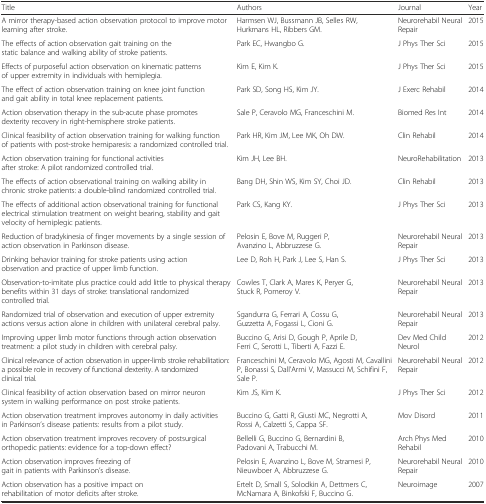
<table><thead><tr><td><b>Title</b></td><td><b>Authors</b></td><td><b>Journal</b></td><td><b>Year</b></td></tr></thead><tbody><tr><td>A mirror therapy-based action observation protocol to improve motor learning after stroke.</td><td>Harmsen WJ, Bussmann JB, Selles RW, Hurkmans HL, Ribbers GM.</td><td>Neurorehabil Neural Repair</td><td>2015</td></tr><tr><td>The effects of action observation gait training on the static balance and walking ability of stroke patients.</td><td>Park EC, Hwangbo G.</td><td>J Phys Ther Sci</td><td>2015</td></tr><tr><td>Effects of purposeful action observation on kinematic patterns of upper extremity in individuals with hemiplegia.</td><td>Kim E, Kim K.</td><td>J Phys Ther Sci</td><td>2015</td></tr><tr><td>The effect of action observation training on knee joint function and gait ability in total knee replacement patients.</td><td>Park SD, Song HS, Kim JY.</td><td>J Exerc Rehabil</td><td>2014</td></tr><tr><td>Action observation therapy in the sub-acute phase promotes dexterity recovery in right-hemisphere stroke patients.</td><td>Sale P, Ceravolo MG, Franceschini M.</td><td>Biomed Res Int</td><td>2014</td></tr><tr><td>Clinical feasibility of action observation training for walking function of patients with post-stroke hemiparesis: a randomized controlled trial.</td><td>Park HR, Kim JM, Lee MK, Oh DW.</td><td>Clin Rehabil</td><td>2014</td></tr><tr><td>Action observation training for functional activities after stroke: A pilot randomized controlled trial.</td><td>Kim JH, Lee BH.</td><td>NeuroRehabilitation</td><td>2013</td></tr><tr><td>The effects of action observational training on walking ability in chronic stroke patients: a double-blind randomized controlled trial.</td><td>Bang DH, Shin WS, Kim SY, Choi JD.</td><td>Clin Rehabil</td><td>2013</td></tr><tr><td>The effects of additional action observational training for functional electrical stimulation treatment on weight bearing, stability and gait velocity of hemiplegic patients.</td><td>Park CS, Kang KY.</td><td>J Phys Ther Sci</td><td>2013</td></tr><tr><td>Reduction of bradykinesia of finger movements by a single session of action observation in Parkinson disease.</td><td>Pelosin E, Bove M, Ruggeri P, Avanzino L, Abbruzzese G.</td><td>Neurorehabil Neural Repair</td><td>2013</td></tr><tr><td>Drinking behavior training for stroke patients using action observation and practice of upper limb function.</td><td>Lee D, Roh H, Park J, Lee S, Han S.</td><td>J Phys Ther Sci</td><td>2013</td></tr><tr><td>Observation-to-imitate plus practice could add little to physical therapy benefits within 31 days of stroke: translational randomized controlled trial.</td><td>Cowles T, Clark A, Mares K, Peryer G, Stuck R, Pomeroy V.</td><td>Neurorehabil Neural Repair</td><td>2013</td></tr><tr><td>Randomized trial of observation and execution of upper extremity actions versus action alone in children with unilateral cerebral palsy.</td><td>Sgandurra G, Ferrari A, Cossu G, Guzzetta A, Fogassi L, Cioni G.</td><td>Neurorehabil Neural Repair</td><td>2013</td></tr><tr><td>Improving upper limb motor functions through action observation treatment: a pilot study in children with cerebral palsy.</td><td>Buccino G, Arisi D, Gough P, Aprile D, Ferri C, Serotti L, Tiberti A, Fazzi E.</td><td>Dev Med Child Neurol</td><td>2012</td></tr><tr><td>Clinical relevance of action observation in upper-limb stroke rehabilitation: a possible role in recovery of functional dexterity. A randomized clinical trial.</td><td>Franceschini M, Ceravolo MG, Agosti M, Cavallini P, Bonassi S, Dall’Armi V, Massucci M, Schifini F, Sale P.</td><td>Neurorehabil Neural Repair</td><td>2012</td></tr><tr><td>Clinical feasibility of action observation based on mirror neuron system in walking performance on post stroke patients.</td><td>Kim JS, Kim K.</td><td>J Phys Ther Sci</td><td>2012</td></tr><tr><td>Action observation treatment improves autonomy in daily activities in Parkinson’s disease patients: results from a pilot study.</td><td>Buccino G, Gatti R, Giusti MC, Negrotti A, Rossi A, Calzetti S, Cappa SF.</td><td>Mov Disord</td><td>2011</td></tr><tr><td>Action observation treatment improves recovery of postsurgical orthopedic patients: evidence for a top-down effect?</td><td>Bellelli G, Buccino G, Bernardini B, Padovani A, Trabucchi M.</td><td>Arch Phys Med Rehabil</td><td>2010</td></tr><tr><td>Action observation improves freezing of gait in patients with Parkinson’s disease.</td><td>Pelosin E, Avanzino L, Bove M, Stramesi P, Nieuwboer A, Abbruzzese G.</td><td>Neurorehabil Neural Repair</td><td>2010</td></tr><tr><td>Action observation has a positive impact on rehabilitation of motor deficits after stroke.</td><td>Ertelt D, Small S, Solodkin A, Dettmers C, McNamara A, Binkofski F, Buccino G.</td><td>Neuroimage</td><td>2007</td></tr></tbody></table>